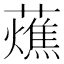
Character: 𧂒